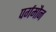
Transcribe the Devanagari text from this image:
पर्गमौन